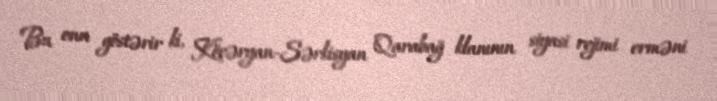
Bu onu göstərir ki, Köçəryan-Sərkisyan Qarabağ klanının siyasi rejimi erməni